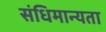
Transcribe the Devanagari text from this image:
संधिमान्यता